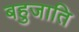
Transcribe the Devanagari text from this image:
बहुजाति